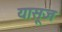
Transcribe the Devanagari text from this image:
यासूज